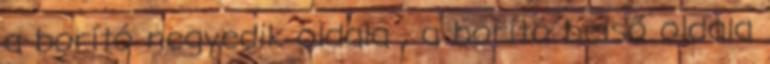
a borító negyedik oldala , a borító belső oldala